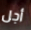
أجل